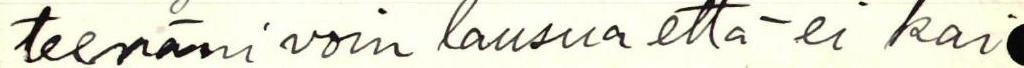
teenäni voin lausua että ei kai